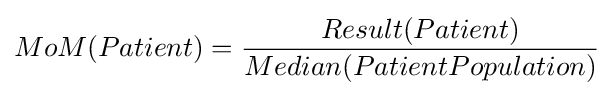
MoM(Patient)={\frac {Result(Patient)}{Median(PatientPopulation)}}